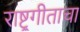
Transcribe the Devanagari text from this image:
राष्ट्र्गीताचा